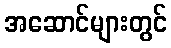
အဆောင်များတွင်